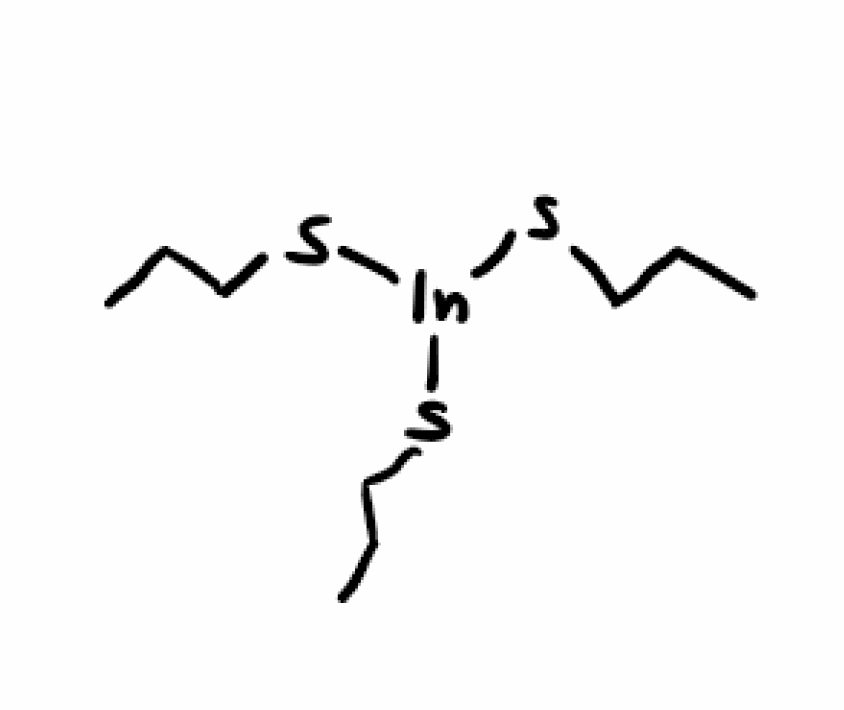
Simplified molecular-input line-entry system (SMILES) notation of the given molecule:
CCCS[In](SCCC)SCCC